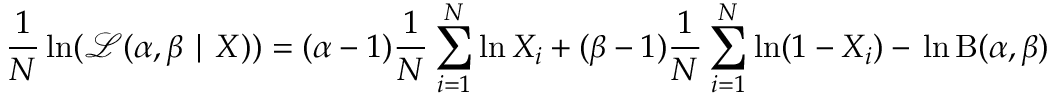
{ \frac { 1 } { N } } \ln ( { \mathcal { L } } ( \alpha , \beta \mid X ) ) = ( \alpha - 1 ) { \frac { 1 } { N } } \sum _ { i = 1 } ^ { N } \ln X _ { i } + ( \beta - 1 ) { \frac { 1 } { N } } \sum _ { i = 1 } ^ { N } \ln ( 1 - X _ { i } ) - \, \ln \mathrm { B } ( \alpha , \beta )